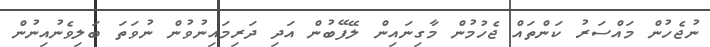
ނުޖެހުން މައްސަރު ކަންތައް ޖެހުމުން މާގިނައިން ލޭފޭބުން އަދި ދަރިމައިނުވުން ނުވަތަ ބަލިވެނުއިނުން